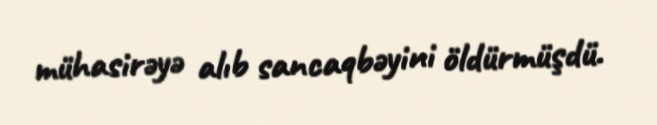
mühasirəyə alıb sancaqbəyini öldürmüşdü.